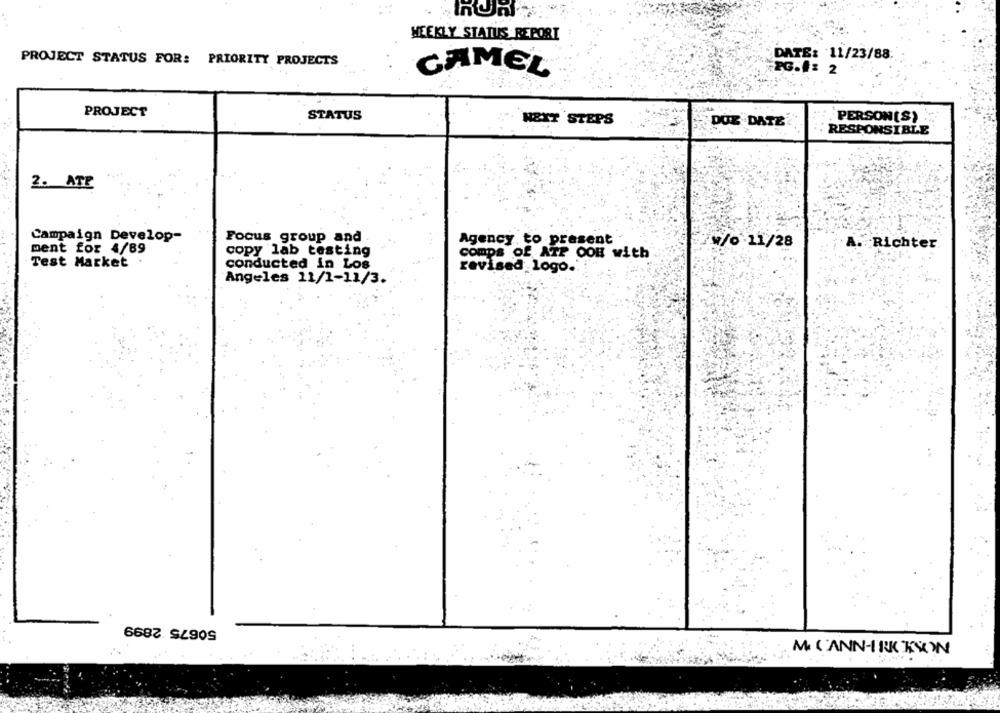
WEEKLY STATUS REPORT
DATE: 11/23/88
PROJECT STATUS FOR: PRIORITY PROJECTS
PG.#: 2
CAMEL
PROJECT
STATUS
NEXT STEPS
PERSON(S)
DUE DATE
RESPONSIBLE
2. ATE
Campaign Develop-
Focus group and
Agency, to present
ment for 4/89
W/0 11/28
A. Richter.
copy lab testing
comps of ATP OOH with
Test Market .
conducted in Los
revised logo .:
Angeles 11/1-11/3.
50675 2899
M CANN-IRK KYIN